On kala azar, malaria and malarial cachexia - Number 19
Disease focus: Malaria
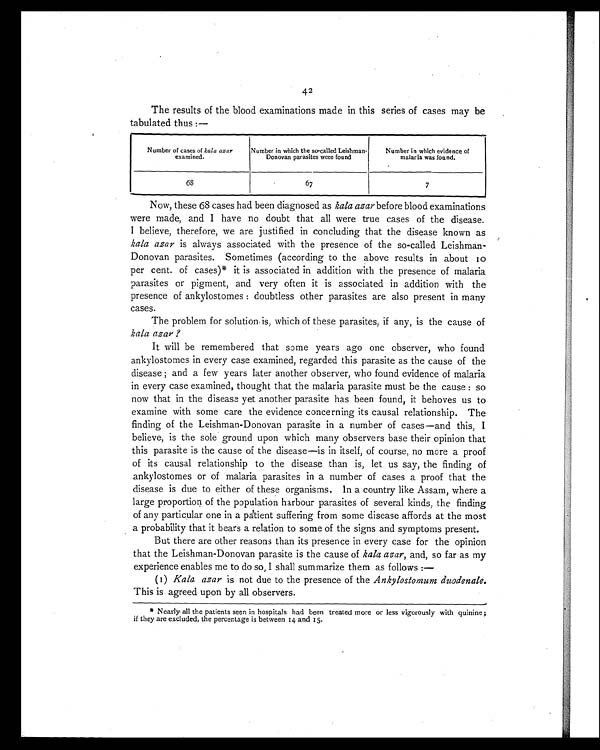
42
The results of the blood examinations made in this series of cases may be
tabulated thus :—
Number of cases of kala azar
examined.
Number in which the so-called Leishman-
Donovan parasites were found
Number in which evidence of
malaria was found.
68
67
7
Now, these 68 cases had been diagnosed as kala azar before blood examinations
were made, and I have no doubt that all were true cases of the disease.
I believe, therefore, we are justified in concluding that the disease. known as
kala azar is always associated with the presence of the so-called Leishman-
Donovan parasites. Sometimes (according to the above results in about 10
per cent. of cases)* it is associated in addition with the presence of malaria
parasites or pigment, and very often it is associated in addition with the
presence of ankylostomes : doubtless other parasites are also present in many
cases.
The problem for solution is, which of these parasites, if any, is the cause of
kala azar ?
It will be remembered that same years ago one observer, who found
ankylostomes in every case examined, regarded this parasite as the cause of the
disease ; and a few years later another observer, who found evidence of malaria
in every case examined, thought that the malaria parasite must be the cause : so
now that in the disease yet another parasite has been found, it behoves us to
examine with some care the evidence concerning its causal relationship. The
finding of the Leishman-Donovan parasite in a number of cases—and this, I
believe, is the sole ground upon which many observers base their opinion that
this parasite is the cause of the disease—is in itself, of course, no more a proof
of its causal relationship to the disease than is, let us say, the finding of
ankylostomes or of malaria parasites in a number of cases a proof that the
disease is due to either of these organisms. In a country like Assam, where a
large proportion of the population harbour parasites of several kinds, the finding
of any particular one in a patient suffering from some disease affords at the most
a probability that it bears a relation to some of the signs and symptoms present.
But there are other reasons than its presence in every case for the opinion
that the Leishman-Donovan parasite is the cause of kala azar, and, so far as my
experience enables me to do so, I shall summarize them as follows :—
(1) Kala azar is not due to the presence of the Ankylostomum duodenale.
This is agreed upon by all observers.
* Nearly all the patients seen in hospitals had been treated more or less vigorously with quinine ;
if they are excluded, the percentage is between 14 and 15.